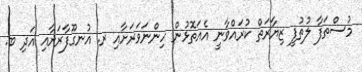
މުސްތަފާ ލުތުފީ ޒިޔާރަތް ކުރައްވާނީ އެއަތޮޅުން ހިންނަވަރަށާއި ރ. އުނގޫފާރަށާއި އަދި ބ.